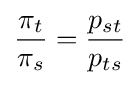
{\frac {\pi _{t}}{\pi _{s}}}={\frac {p_{st}}{p_{ts}}}